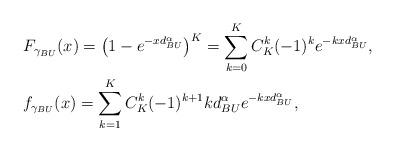
LaTeX: \begin{align*}&F_{\gamma_{BU}}(x) = \left(1-e^{-xd^\alpha_{BU}}\right)^K = \sum^K_{k=0}C^k_K(-1)^ke^{-kxd^\alpha_{BU}},\\&f_{\gamma_{BU}}(x) = \sum_{k=1}^KC^k_K(-1)^{k+1}kd^\alpha_{BU} e^{-kxd^\alpha_{BU}},\end{align*}